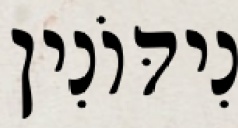
נִידּוֹנִין